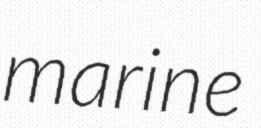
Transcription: marine